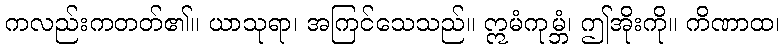
ကလည်းကတတ်၏။ ယာသုရာ၊ အကြင်သေသည်။ ဣမံကုမ္ဘံ၊ ဤအိုးကို။ ကိဏာထ၊